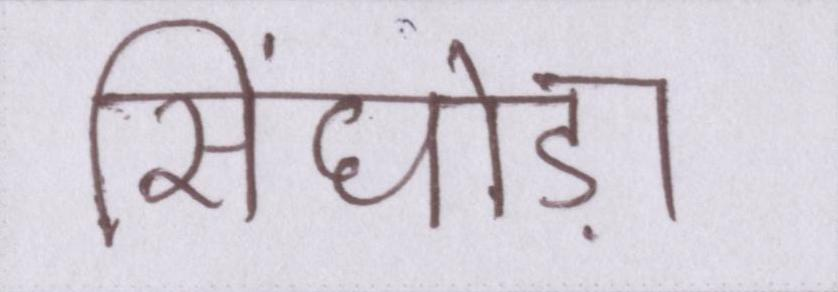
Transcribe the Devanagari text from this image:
सिंघोड़ा